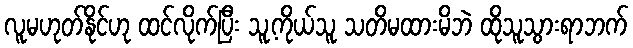
လူမဟုတ်နိုင်ဟု ထင်လိုက်ပြီး သူ့ကိုယ်သူ သတိမထားမိဘဲ ထိုသူသွားရာဘက်